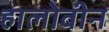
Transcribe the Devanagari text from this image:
हालोवीन